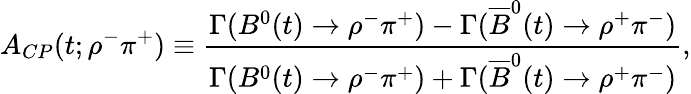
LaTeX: A_{CP}(t;\rho^{-}\pi^{+})\equiv\frac{\Gamma(B^{0}(t)\to\rho^{-}\pi^{+})-\Gamma(\overline{{B}}^{0}(t)\to\rho^{+}\pi^{-})}{\Gamma(B^{0}(t)\to\rho^{-}\pi^{+})+\Gamma(\overline{{B}}^{0}(t)\to\rho^{+}\pi^{-})},